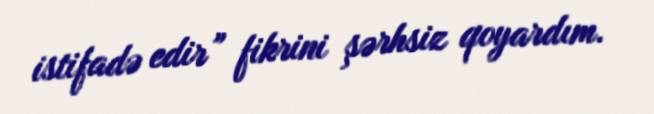
istifadə edir” fikrini şərhsiz qoyardım.